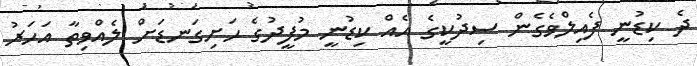
ދެ ކިޑުނީ ފެއިލްވެގެން ސިދުކީގެ އެއް ކިޑުނީ މުފީދުގެ ހަށިގަނޑަށް ލެއްވިތާ އަހަރު